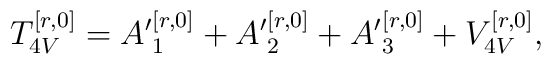
T_{4V}^{[r,0]}={A'}_1^{[r,0]}+{A'}_2^{[r,0]}+{A'}_3^{[r,0]}+V_{4V}^{[r,0]},